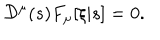
LaTeX: { \cal D } ^ { \mu } ( s ) F _ { \mu } [ \xi | s ] = 0 .